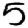
Digit: 5